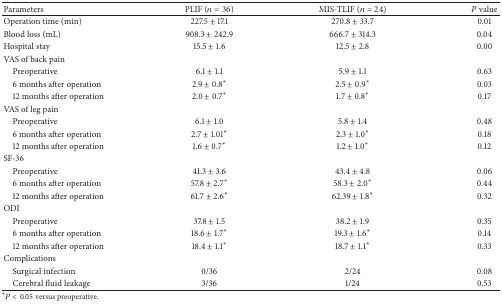
| Parameters | PLIF (n = 36) | MIS-TLIF (n = 24) | P value |
 | --- | --- | --- | --- |
 | Operation time (min) | 227.5 ± 17.1 | 270.8 ± 33.7 | 0.01 |
 | Blood loss (mL) | 908.3 ± 242.9 | 666.7 ± 314.3 | 0.04 |
 | Hospital stay | 15.5 ± 1.6 | 12.5 ± 2.8 | 0.00 |
 | VAS of back pain |  |  |  |
 | Preoperative | 6.1 ± 1.1 | 5.9 ± 1.1 | 0.63 |
 | 6 months after operation | 2.9 ± 0.8∗ | 2.5 ± 0.9∗ | 0.03 |
 | 12 months after operation | 2.0 ± 0.7∗ | 1.7 ± 0.8∗ | 0.17 |
 | VAS of leg pain |  |  |  |
 | Preoperative | 6.1 ± 1.0 | 5.8 ± 1.4 | 0.48 |
 | 6 months after operation | 2.7 ± 1.01∗ | 2.3 ± 1.0∗ | 0.18 |
 | 12 months after operation | 1.6 ± 0.7∗ | 1.2 ± 1.0∗ | 0.12 |
 | SF-36 |  |  |  |
 | Preoperative | 41.3 ± 3.6 | 43.4 ± 4.8 | 0.06 |
 | 6 months after operation | 57.8 ± 2.7∗ | 58.3 ± 2.0∗ | 0.44 |
 | 12 months after operation | 61.7 ± 2.6∗ | 62.39 ± 1.8∗ | 0.32 |
 | ODI |  |  |  |
 | Preoperative | 37.8 ± 1.5 | 38.2 ± 1.9 | 0.35 |
 | 6 months after operation | 18.6 ± 1.7∗ | 19.3 ± 1.6∗ | 0.14 |
 | 12 months after operation | 18.4 ± 1.1∗ | 18.7 ± 1.1∗ | 0.33 |
 | Complications |  |  |  |
 | Surgical infection | 0/36 | 2/24 | 0.08 |
 | Cerebral fluid leakage | 3/36 | 1/24 | 0.53 |